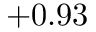
+ 0 . 9 3